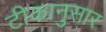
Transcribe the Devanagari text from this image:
टीकानुसार